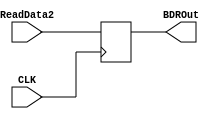
`timescale 1ns / 1ps

module BDR(
    input[31:0] ReadData2,
    input CLK,
    output reg[31:0]BDROut
    );
    
    reg [31:0]BDR;
    initial
    begin
        BDR=32'b0;
    end
    
    always@(negedge CLK)
    begin
        BDROut<=BDR;
    end
    
    always@(ReadData2)
    begin
        BDR=ReadData2;
    end
endmodule